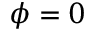
\phi = 0